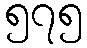
၅၇၅